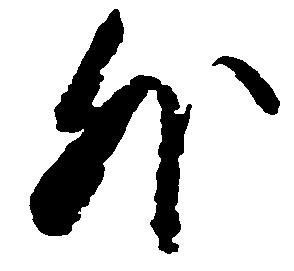
外